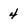
Character: 4